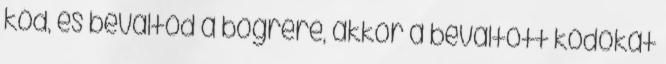
kód, és beváltod a bögrére, akkor a beváltott kódokat